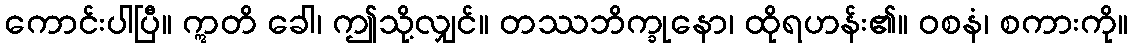
ကောင်းပါပြီ။ ဣတိ ခေါ၊ ဤသို့လျှင်။ တဿဘိက္ခုနော၊ ထိုရဟန်း၏။ ဝစနံ၊ စကားကို။